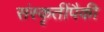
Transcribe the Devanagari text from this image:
संस्कृतींपैकी